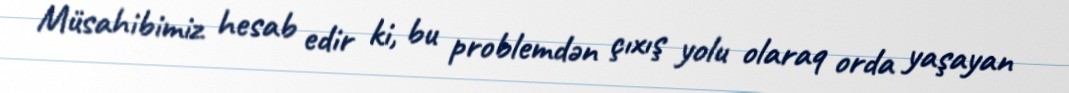
Müsahibimiz hesab edir ki, bu problemdən çıxış yolu olaraq orda yaşayan